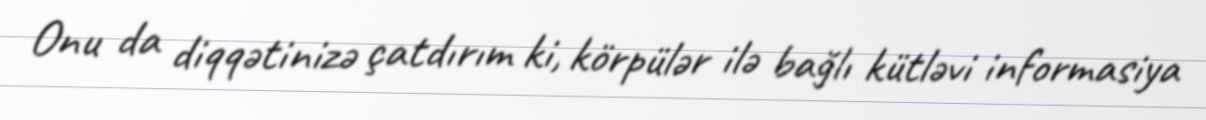
Onu da diqqətinizə çatdırım ki, körpülər ilə bağlı kütləvi informasiya